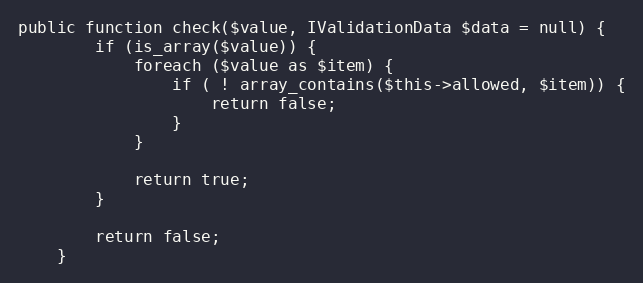
Language: PHP
public function check($value, IValidationData $data = null) {
        if (is_array($value)) {
            foreach ($value as $item) {
                if ( ! array_contains($this->allowed, $item)) {
                    return false;
                }
            }

            return true;
        }

        return false;
    }